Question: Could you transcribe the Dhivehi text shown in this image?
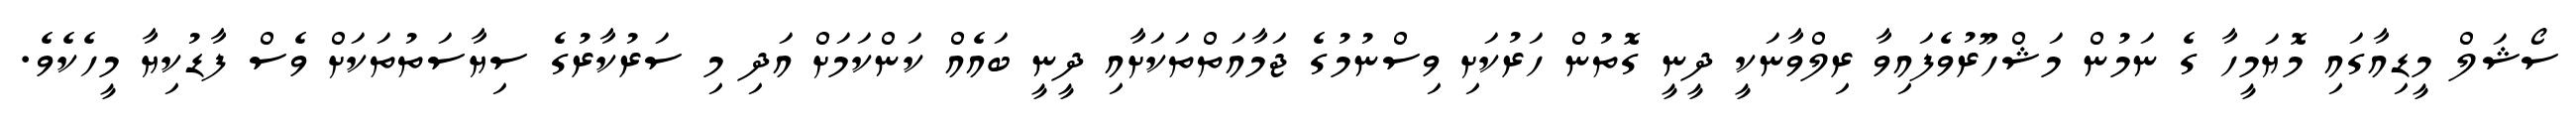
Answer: ސޯޝަލް މީޑިއާގައި މޮޔަމީހާ ގެ ނަމުން މަޝްހޫރުވެފައިވާ ރިލްވާނަކީ ދީނީ ގޮތުން ހަރުކަށި ވިސްނުމުގެ ޖަމާއަތްތަކަށާއި ދީނީ ބައެއް ކަންކަމަށް އަދި މި ސަރުކާރުގެ ސިޔާސަތުތަކަށް ވެސް ފާޑުކިޔާ މީހެކެވެ.